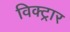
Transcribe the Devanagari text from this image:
विक्ट्रार